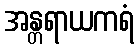
အန္တရာယကရံ